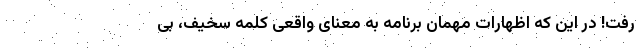
رفت! در این که اظهارات مهمان برنامه به معنای واقعی کلمه سخیف، بی